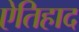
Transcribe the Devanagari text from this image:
ऐतिहाद